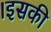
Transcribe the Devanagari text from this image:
।इसकी